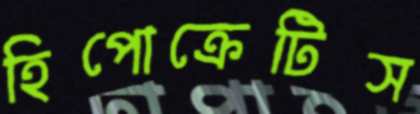
হিপোক্রেটিস